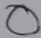
Text: O